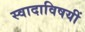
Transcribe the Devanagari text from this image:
स्वादाविषयीं